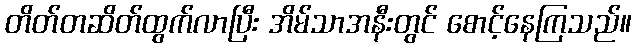
တိတ်တဆိတ်ထွက်လာပြီး အိမ်သာအနီးတွင် စောင့်နေကြသည်။